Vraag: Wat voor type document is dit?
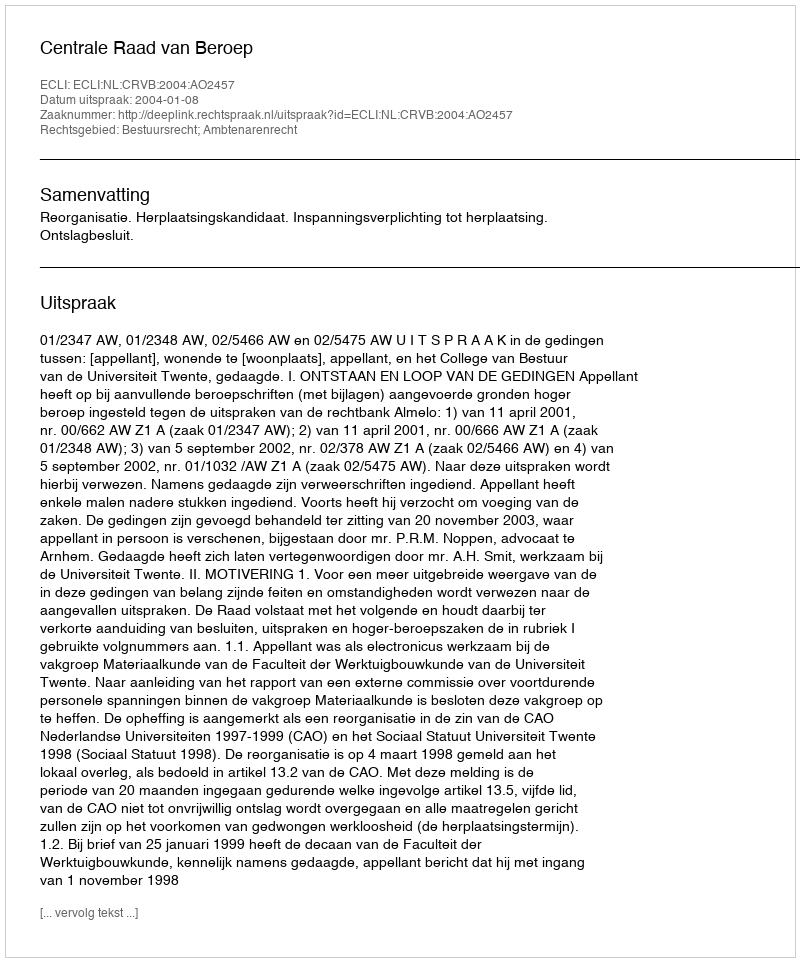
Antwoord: Uitspraak